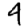
Digit: 4